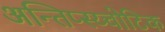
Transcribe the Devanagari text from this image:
अन्तिप्स्य्चोटिक